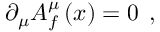
\partial _ { \mu } A _ { f } ^ { \mu } \left( x \right) = 0 \; \, ,